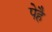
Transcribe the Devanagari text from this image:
पेहै